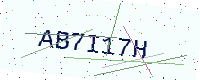
Text: AB7I17H